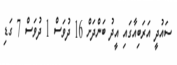
ސައުދީ އަރަބިއާގައި އީދު ބަންދަށް 16 ދުވަސް 1 ދުވަސް 7 ގަޑި